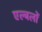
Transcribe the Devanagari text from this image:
एल्बलों